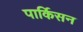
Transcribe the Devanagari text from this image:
पार्किसन